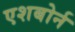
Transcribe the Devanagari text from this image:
एशबोर्न